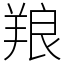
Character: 羪